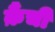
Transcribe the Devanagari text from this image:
क़ैंची